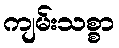
ကျမ်းသစ္စာ